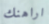
اراهنك